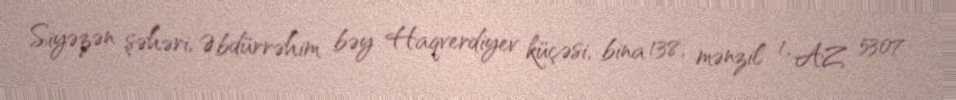
Siyəzən şəhəri, Əbdürrəhim bəy Haqverdiyev küçəsi, bina 138, mənzil 1, AZ 5307